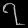
Digit: ၇